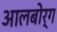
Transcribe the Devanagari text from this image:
आलबोर्ग